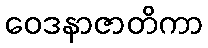
ဝေဒနာဇာတိကာ